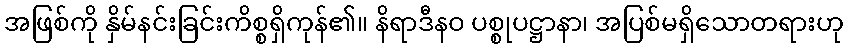
အဖြစ်ကို နှိမ်နင်းခြင်းကိစ္စရှိကုန်၏။ နိရာဒီနဝ ပစ္စုပဋ္ဌာနာ၊ အပြစ်မရှိသောတရားဟု